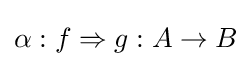
\alpha :f\Rightarrow g:A\to B